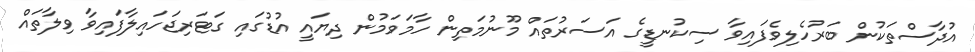
އުދާސްތަކުން ބަރުހެލިވެފައިވާ ސިކުނޑީގެ އަސަރުތައް މޫނުމަތިން ހާމަވަމުން ދިޔައީ އުޑުގައި ގަޓަރިޖަހައިލާފައިވާ ވިލާތައް